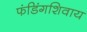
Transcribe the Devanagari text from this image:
फंडिंगशिवाय